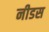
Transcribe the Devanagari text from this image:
नीडस